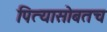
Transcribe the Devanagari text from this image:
पित्यासोबतच